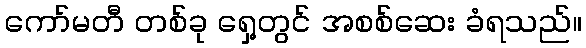
ကော်မတီ တစ်ခု ရှေ့တွင် အစစ်ဆေး ခံရသည်။